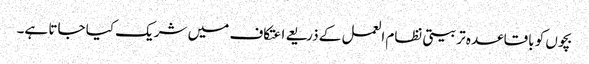
بچوں کو باقاعدہ تربیتی نظام العمل کے ذریعے اعتکاف میں شریک کیا جاتا ہے۔